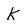
Character: k